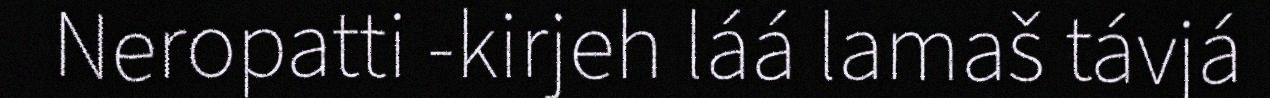
Neropatti -kirjeh láá lamaš távjá